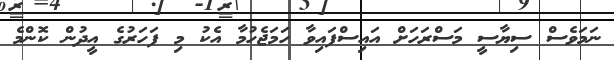
ނަމަވެސް ސިޔާސީ މަސްރަހަށް އައިސްފައިވާ ހަމަޖެހުމާ އެކު މި ފަހަރުގެ އީދުން ކޮންމެ